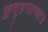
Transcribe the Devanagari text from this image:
कुतूहलाच्याच